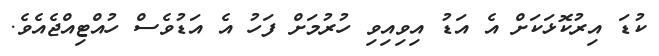
ކުޑަ އިރުކޮޅަކަށް އެ އަޑު އިވިއިވި ހުރުމަށް ފަހު އެ އަޑުވެސް ހުއްޓިއްޖެއެވެ.